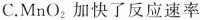
C.MnO_{2}加快了反应速率